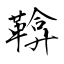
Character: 鞥